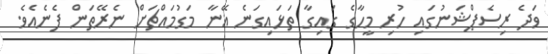
ވަދެ ރިސެޕްޝަނުގައި ހުރި މީހާގެ ގައިގާ ތަޅައިގަނެ އޭނާ މަގުމައްޗަށް ނެރޭތަން ފެނެއެވެ.